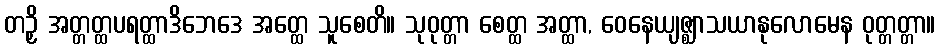
တဉှိ အတ္တတ္ထပရတ္ထာဒိဘေဒေ အတ္ထေ သူစေတိ။ သုဝုတ္တာ စေတ္ထ အတ္ထာ, ဝေနေယျဇ္ဈာသယာနုလောမေန ဝုတ္တတ္တာ။